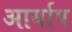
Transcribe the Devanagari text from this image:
आर्याप